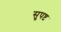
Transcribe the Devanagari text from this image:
सुपष्ट